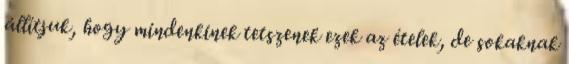
állítjuk, hogy mindenkinek tetszenek ezek az ételek, de sokaknak